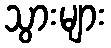
သွားများ